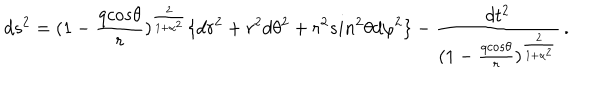
d s ^ { 2 } = ( 1 - { \frac { q c o s \theta } { r } } ) ^ { \frac { 2 } { 1 + \alpha ^ { 2 } } } \lbrace d r ^ { 2 } + r ^ { 2 } d \theta ^ { 2 } + r ^ { 2 } s i n ^ { 2 } \theta d \varphi ^ { 2 } \rbrace - { \frac { d t ^ { 2 } } { ( 1 - { \frac { q c o s \theta } { r } } ) ^ { \frac { 2 } { 1 + \alpha ^ { 2 } } } } } \, .